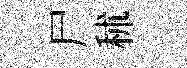
尸秫